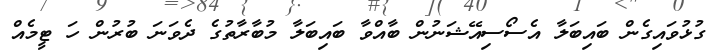
ގުޅުވައިގެން ބައިބަލާ އެސޯސިއޭޝަނުން ބާއްވާ ބައިބަލާ މުބާރާތުގެ ދެވަނަ ބުރުން ހަ ޓީމެއް